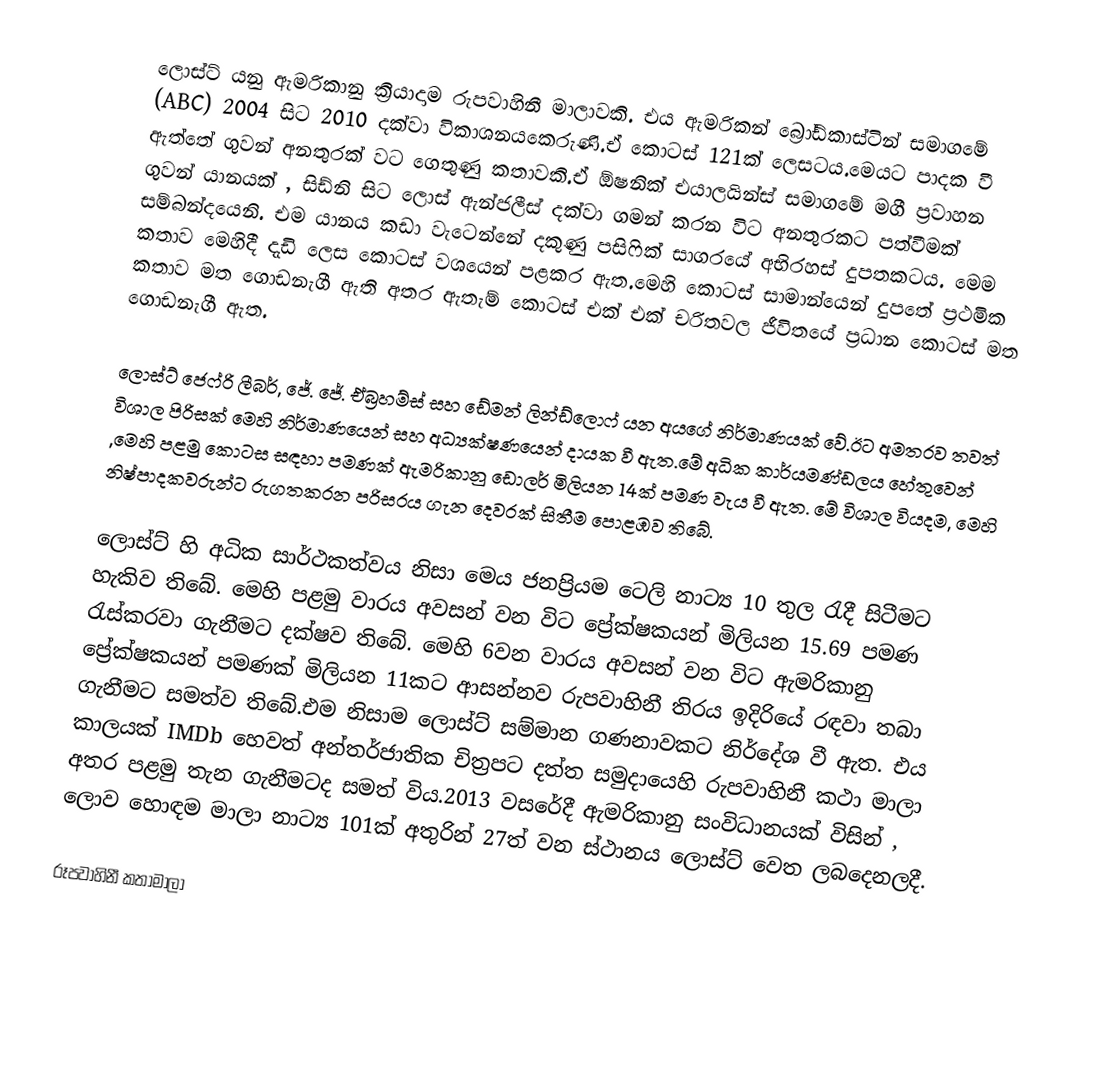
ලොස්ට් යනු ඇමරිකානු ක්‍රියාදාම රුපවාහිනී මාලාවකි. එය ඇමරිකන් බ්‍රෝඩ්කාස්ටින් සමාගමේ (ABC) 2004 සිට 2010 දක්වා විකාශනයකෙරුණි.ඒ කොටස් 121ක් ලෙසටය.මෙයට පාදක වී ඇත්තේ ගුවන් අනතුරක් වට ගෙතුණු කතාවකි.ඒ ඕෂනික්  එයාලයින්ස් සමාගමේ මගී ප්‍රවාහන ගුවන් යානයක් , සිඩ්නි සිට ලොස් ඇන්ජලීස් දක්වා ගමන් කරන විට අනතුරකට පත්වීමක් සම්බන්දයෙනි. එම යානය කඩා වැටෙන්නේ  දකුණු පසිෆික් සාගරයේ අභිරහස් දුපතකටය. මෙම කතාව මෙහිදී දැඩි ලෙස කොටස් වශයෙන් පළකර ඇත.මෙහි කොටස් සාමාන්යෙන් දුපතේ ප්‍රථමික කතාව මත ගොඩනැගී ඇති අතර ඇතැම් කොටස් එක් එක් චරිතවල ජීවිතයේ ප්‍රධාන කොටස් මත ගොඩනැගී ඇත.

ලොස්ට් ජෙෆ්රි ලීබර්, ජේ. ජේ. ඒබ්‍රහම්ස්  සහ ඩේමන් ලින්ඩ්ලොෆ් යන අයගේ නිර්මාණයක් වේ.ඊට අමතරව තවත් විශාල පිරිසක් මෙහි නිර්මාණයෙන් සහ අධ්‍යක්ෂණයෙන් දායක වී ඇත.මේ අධික කාර්යමණ්ඩලය හේතුවෙන් ,මෙහි පළමු කොටස සඳහා පමණක් ඇමරිකානු ඩොලර් මිලියන 14ක් පමණ වැය වී ඇත. මේ විශාල වියදම, මෙහි නිෂ්පාදකවරුන්ට රුගතකරන පරිසරය ගැන දෙවරක් සිතීම පොළඹව තිබේ.

ලොස්ට් හි අධික සාර්ථකත්වය නිසා මෙය ජනප්‍රියම ටෙලි නාට්‍ය 10 තුල රැදී සිටීමට හැකිව තිබේ. මෙහි පළමු වාරය අවසන් වන විට ප්‍රේක්ෂකයන් මිලියන 15.69 පමණ රැස්කරවා ගැනීමට දක්ෂව තිබේ. මෙහි 6වන වාරය අවසන් වන විට ඇමරිකානු ප්‍රේක්ෂකයන් පමණක් මිලියන 11කට ආසන්නව රුපවාහිනී තිරය ඉදිරියේ රඳවා තබා ගැනීමට සමත්ව තිබේ.එම නිසාම ලොස්ට් සම්මාන ගණනාවකට නිර්දේශ වී ඇත. එය කාලයක් IMDb හෙවත් අන්තර්ජාතික චිත්‍රපට දත්ත සමුදායෙහි රුපවාහිනී කථා මාලා අතර පළමු තැන ගැනීමටද සමත් විය.2013 වසරේදී ඇමරිකානු සංවිධානයක් විසින් , ලොව හොඳම මාලා නාට්‍ය 101ක් අතුරින් 27ත් වන ස්ථානය ලොස්ට් වෙත ලබදෙනලදී.

රූපවාහිනී කතාමාලා